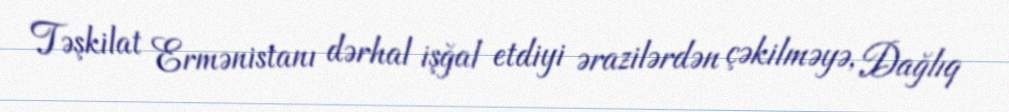
Təşkilat Ermənistanı dərhal işğal etdiyi ərazilərdən çəkilməyə, Dağlıq